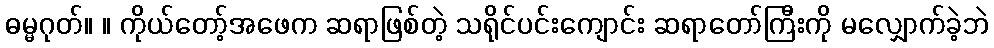
ဓမ္မဂုတ်။ ။ ကိုယ်တော့်အဖေက ဆရာဖြစ်တဲ့ သရိုင်ပင်းကျောင်း ဆရာတော်ကြီးကို မလျှောက်ခဲ့ဘဲ